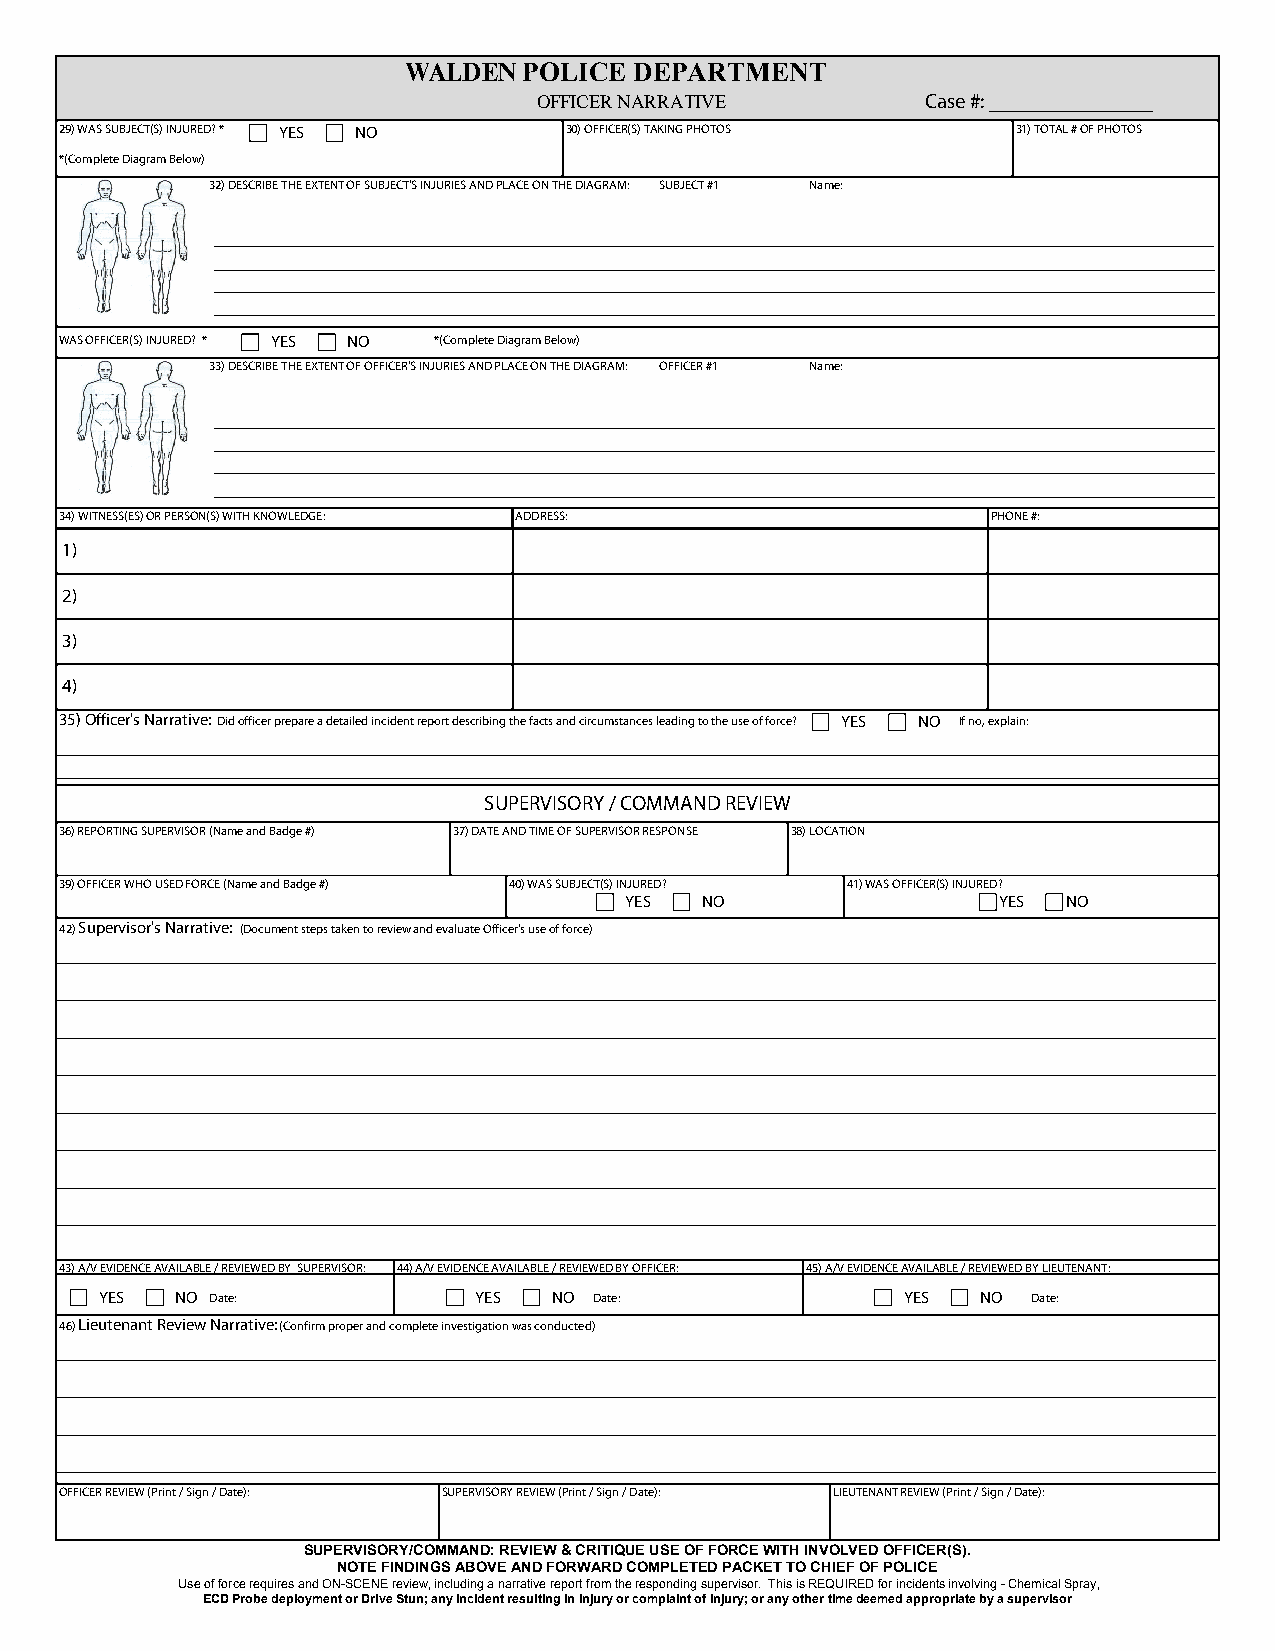
WALDEN  POLICE DEPARTMENT
 OFFICER NARRATIVE        Case #:
 29) WAS SUBJECT(S) INJURED? * YES NO 30) OFFICER(S) TAKING PHOTOS 31) TOTAL # OF PHOTOS
 *(Complete Diagram Below)
 32) DESCRIBE THE EXTENT OF SUBJECT'S INJURIES AND PLACE ON THE DIAGRAM: SUBJECT #1 Name:
 WAS OFFICER(S) INJURED? * Y ES NO *(Complete Diagram Below)
 33) DESCRIBE THE EXTENT OF OFFICER'S INJURIES AND PLACE ON THE DIAGRAM: OFFICER #1 Name:
 34) WITNESS(ES) OR PERSON(S) WITH KNOWLEDGE: ADDRESS:         PHONE #:
 1)
 2)
 3)
 4)
 35) Officer's Narrative: Did officer prepare a detailed incident report describing the facts and circumstances leading to the use of force? YES NO If no, explain:
 SUPERVISORY / COMMAND REVIEW
 36) REPORTING SUPERVISOR (Name and Badge #) 37) DATE AND TIME OF SUPERVISOR RESPONSE 38) LOCATION
 39) OFFICER WHO USED FORCE (Name and Badge #) 40) WAS SUBJECT(S) INJURED? 41) WAS OFFICER(S) INJURED?
 YES  NO                  YES  NO
 42) Supervisor's Narrative: (Document steps taken to review and evaluate Officer's use of force)
 43) A/V EVIDENCE AVAILABLE / REVIEWED BY SUPERVISOR: 44) A/V EVIDENCE AVAILABLE / REVIEWED BY OFFICER: 45) A/V EVIDENCE AVAILABLE / REVIEWED BY LIEUTENANT:
 YES  NO Date:           Y E S N O Date:              YES  NO Date:
 46) Lieutenant Review Narrative: (Confirm proper and complete investigation was conducted)
 OFFICER REVIEW (Print / Sign / Date): SUPERVISORY REVIEW (Print / Sign / Date): LIEUTENANT REVIEW (Print / Sign / Date):
 SUPERVISORY/COMMAND: REVIEW & CRITIQUE USE OF FORCE WITH INVOLVED OFFICER(S).
 NOTE FINDINGS ABOVE AND FORWARD COMPLETED PACKET TO CHIEF OF POLICE
 Use of force requires and ON-SCENE review, including a narrative report from the responding supervisor. This is REQUIRED for incidents involving - Chemical Spray,
 ECD Probe deployment or Drive Stun; any incident resulting in injury or complaint of injury; or any other time deemed appropriate by a supervisor